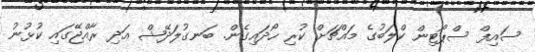
ސައިފް ސްޕޯޓިން ކްލަބުގެ މައްޗަށް ކުރި ހޯދައިގެން. ބަނގުލަދޭޝް އަދި ރާއްޖޭގައި ކުޅުނު